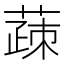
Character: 䔫